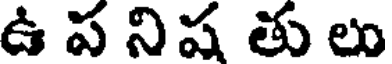
ఉ ప నిష తు లు